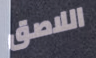
اللاصق